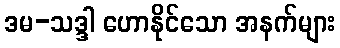
ဒမ-သဒ္ဒါ ဟောနိုင်သော အနက်များ